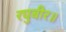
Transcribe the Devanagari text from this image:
रघुबीर॥